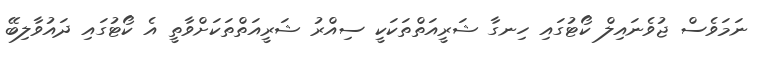
ނަމަވެސް ޖުވެނައިލް ކޯޓުގައި ހިނގާ ޝަރީއަތްތަކަކީ ސިއްރު ޝަރީއަތްތަކަށްވާތީ އެ ކޯޓުގައި ދައުވާލިބޭ